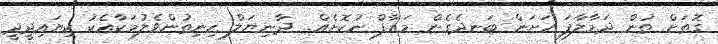
ގޮތަށް ތުން ދަމާލާފަ ހަށަން ބަނދެގެން މަޢާފް ނުކޮށެއް.. ދާނިޔަލް ހިނިތުންވެލުމަކާއެކު ކިޔައިދީދީ